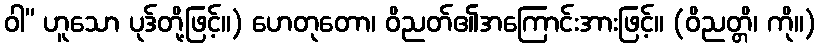
ဝါ” ဟူသော ပုဒ်တို့ဖြင့်။) ဟေတုတော၊ ဝိညတ်၏အကြောင်းအားဖြင့်။ (ဝိညတ္တိ၊ ကို။)